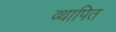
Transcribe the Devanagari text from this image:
व्थापित